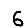
Digit: 6